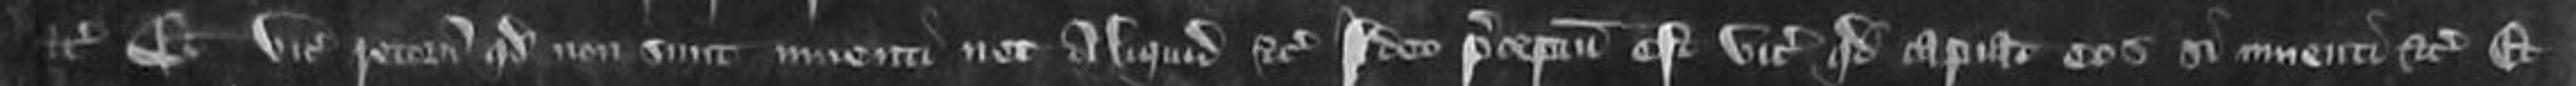
etc. Et vice comites retornavit quod non sunt inventi nec aliquid etc Ideo preceptum est vice comites quod capiat eos si inventi etc Et